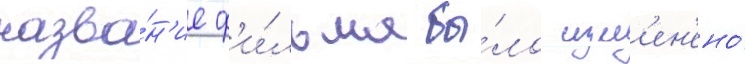
назва́н'ие ф'и́льма бы́ло изм'ен'ено́